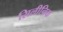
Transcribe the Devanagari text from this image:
सिलीनिक